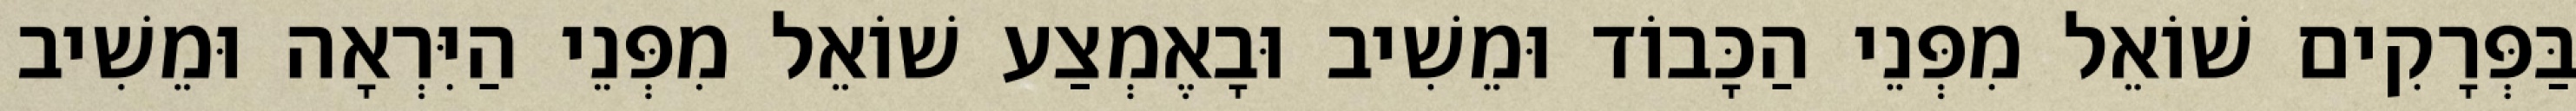
בַּפְּרָקִים שׁוֹאֵל מִפְּנֵי הַכָּבוֹד וּמֵשִׁיב וּבָאֶמְצַע שׁוֹאֵל מִפְּנֵי הַיִּרְאָה וּמֵשִׁיב